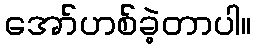
အော်ဟစ်ခဲ့တာပါ။